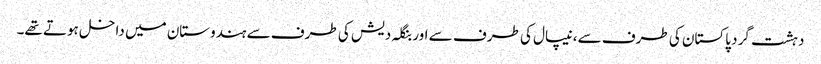
دہشت گرد پاکستان کی طرف سے، نیپال کی طرف سے اور بنگلہ دیش کی طرف سے ہندوستان میں داخل ہوتے تھے۔